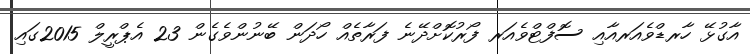
އާގުޅޭ ހާރޑްވެއަރއާއި ސޮފްޓްވެއަރ ފޯރުކޮށްދޭނެ ފަރާތެއް ހޯދަން ބޭނުންވެގެން 23 އެޕްރީލް 2015ގައި